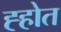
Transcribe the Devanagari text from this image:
ह्होत